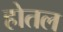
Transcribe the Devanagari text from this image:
होतल